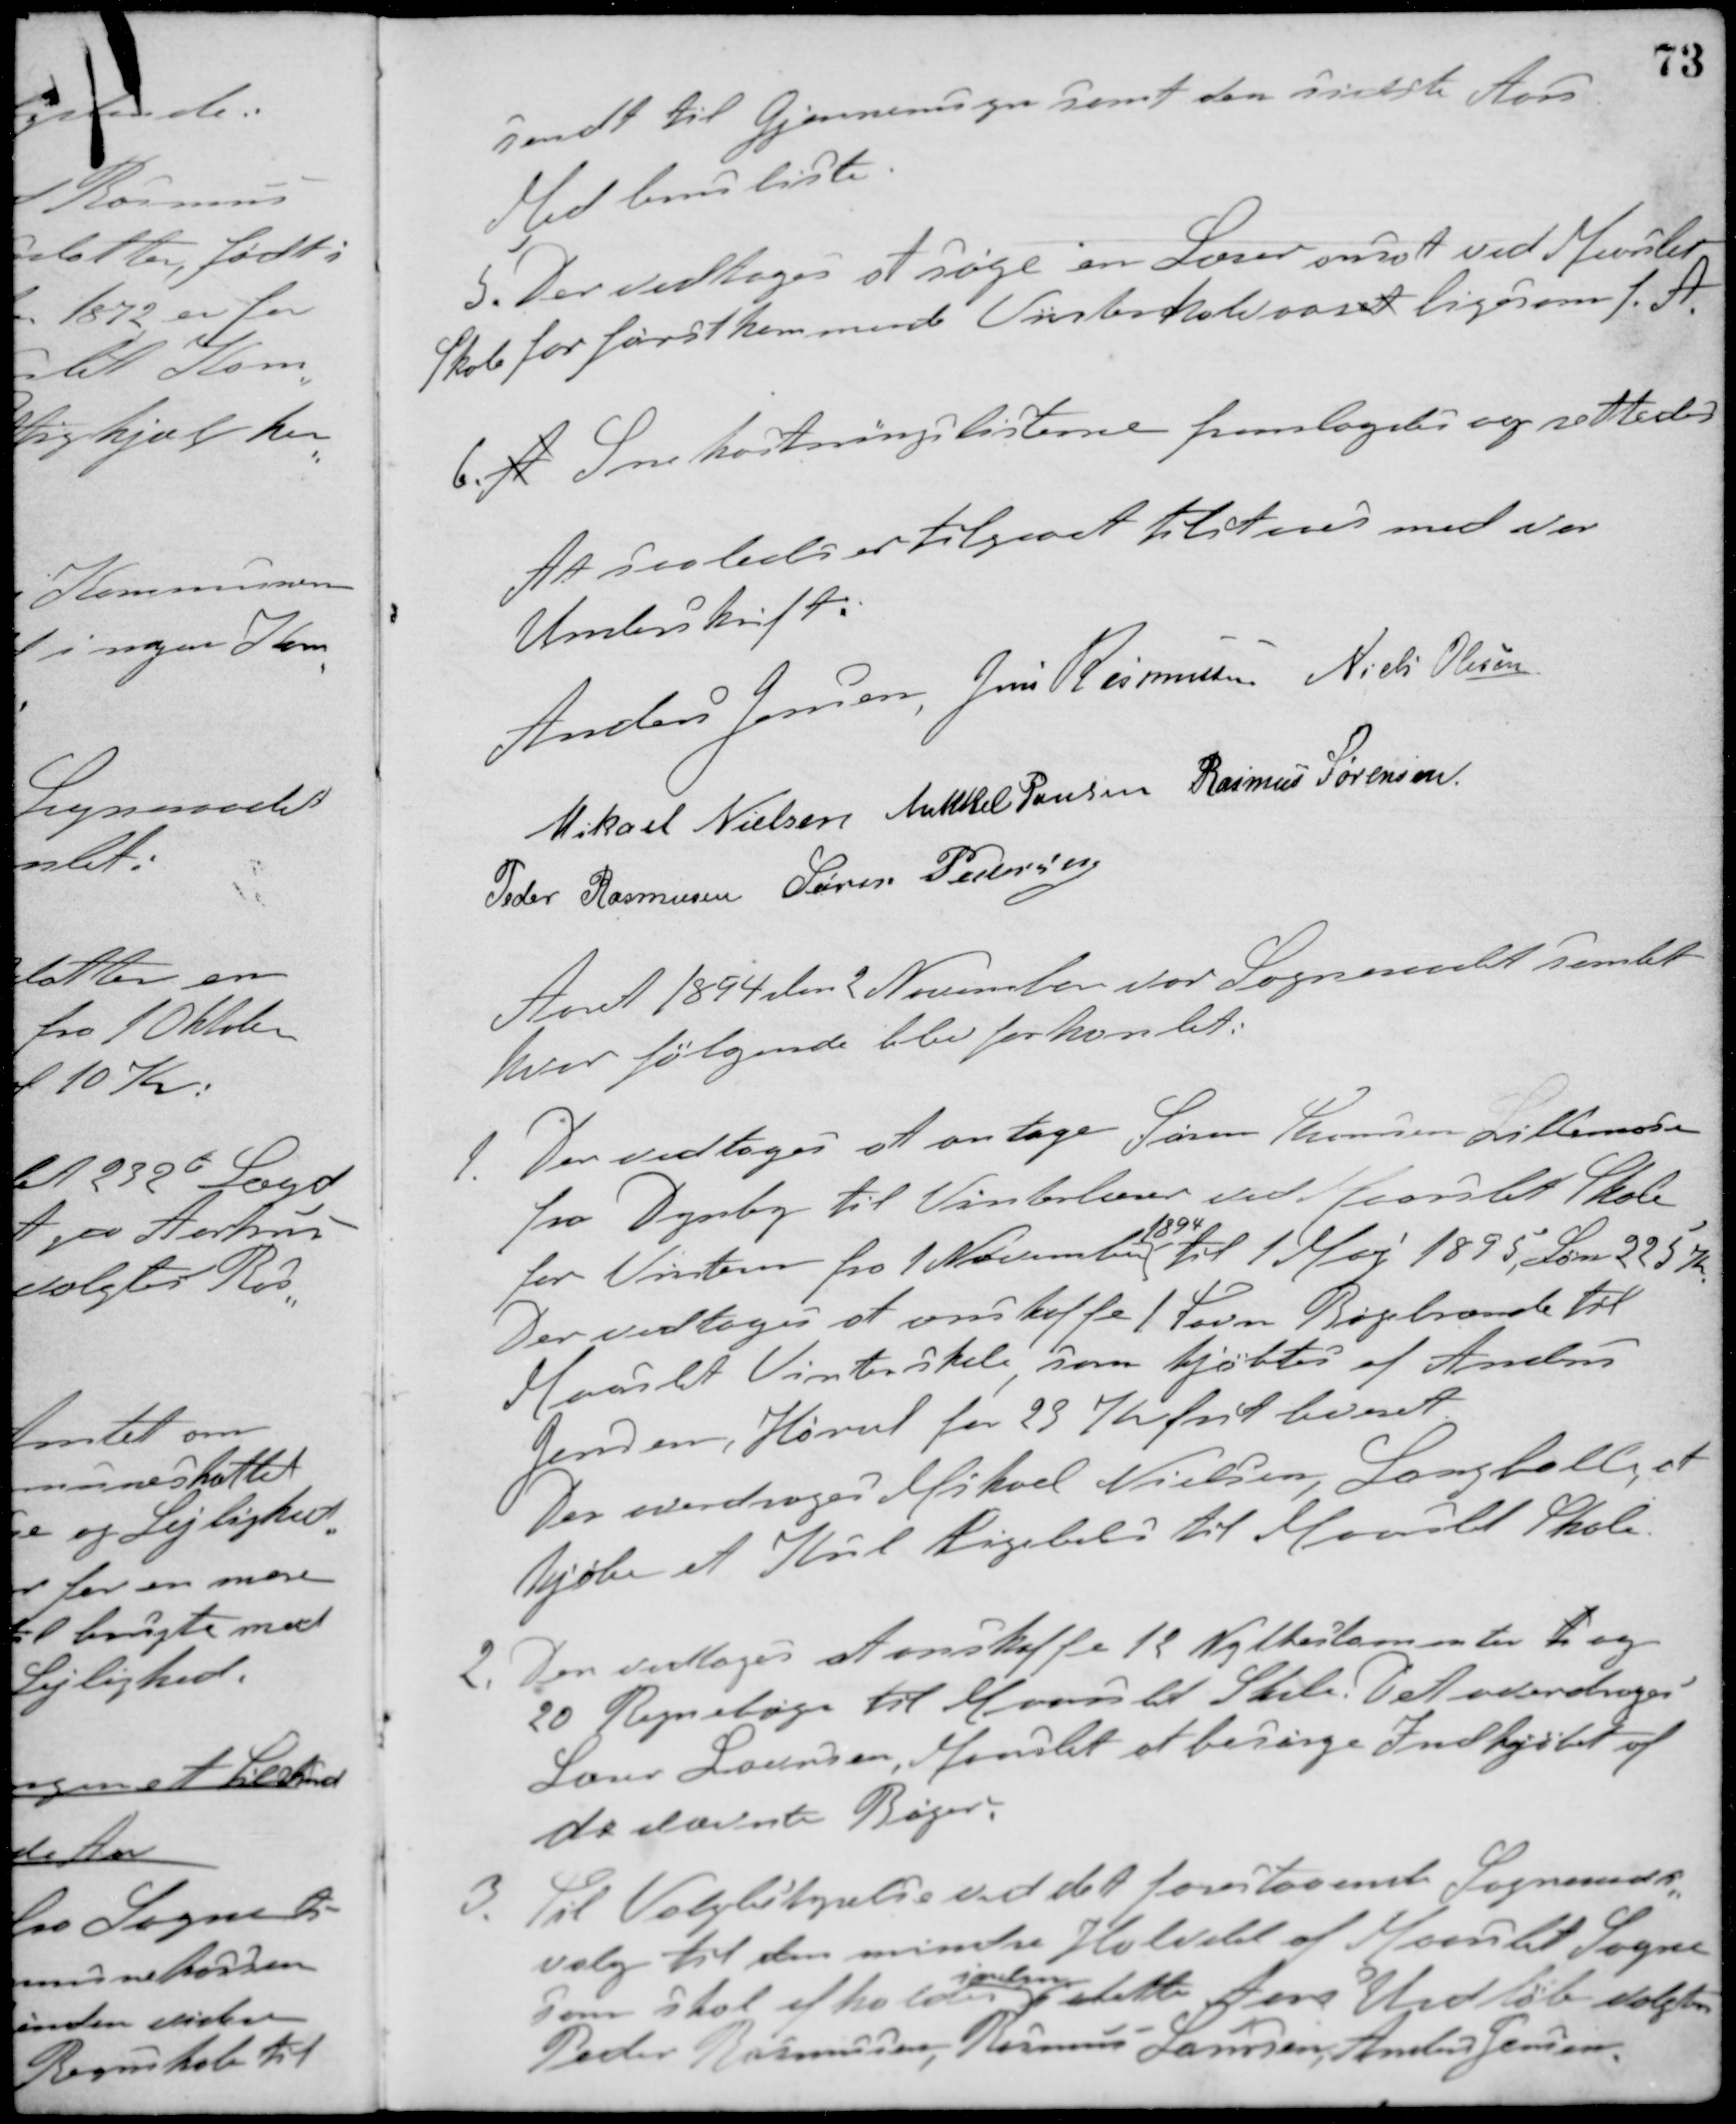
Transskription:
sendt til Gjennemsyn samt den sidste Aars
Medlemsliste
5. Der vedtoges at søge en Lærer ansat ved Maarslet
Skole for førstkommende Vinterhalvaaret ligesom f. A.
6. A Snekastningslisterne fremlagdes og rettedes.
At saaledes er tilgaaet tilstaaes med vor
Underskrift.
Anders Jensen Jens Rasmussen Niels Olesen
Mikael Nielsen Mikkel Poulsen Rasmus Sørensen
Peder Rasmussen Søren Pedersen
Aaret 1894 den 2 November var Sogneraadet samlet
hvor følgende blev forhandlet:
1. Der vedtoges at antage Søren Thomsen Lillemose
fra Dynby til Vinterlærer ved Maarslet Skole
for Vinteren fra 1 November
1894
til 1 Maj 1895, Løn 225 Kr.
Der vedtoges at anskaffe 1 Favn Bøgebrænde til
Maarslet Vinterskole som kjøbtes af Anders
Jensen, Hørret for 23 Kr. frit leveret.
Der overdroges Mikael Nielsen, Langballe at
kjøbe et Kul ligeledes til Maarslet Skole.
2. Der vedtoges at anskaffe 12 Nythestamenter t og
20 Regnebøger til Maarslet Skole. Det overdroges
Lærer Laursen, Maarslet at besørge Indkjøbet af
de nævnte Bøger.
3. Til Valgbestyrelse ved det forestaaende Sogneraads-
valg til den mindre Halvdel af Maarslet Sogne
som skal afholdes
inden
dette Aars Udløb valgtes
Peder Rasmussen, Rasmus Laursen, Anders Jensen